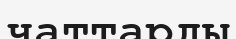
чаттарды